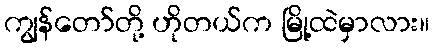
ကျွန်တော်တို့ ဟိုတယ်က မြို့ထဲမှာလား။